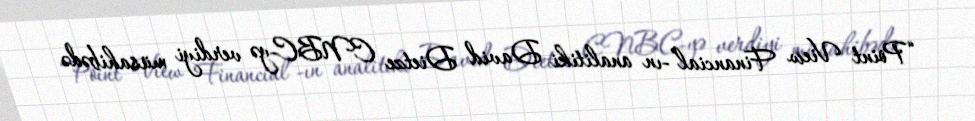
“Point View Financial”-ın analitiki David Dietze CNBC-yə verdiyi müsahibədə